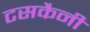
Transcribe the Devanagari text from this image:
टसकैनी